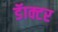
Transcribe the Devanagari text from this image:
डॅाक्टर